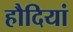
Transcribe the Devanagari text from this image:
हौदियां